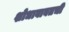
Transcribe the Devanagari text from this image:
शोधाबाबतची